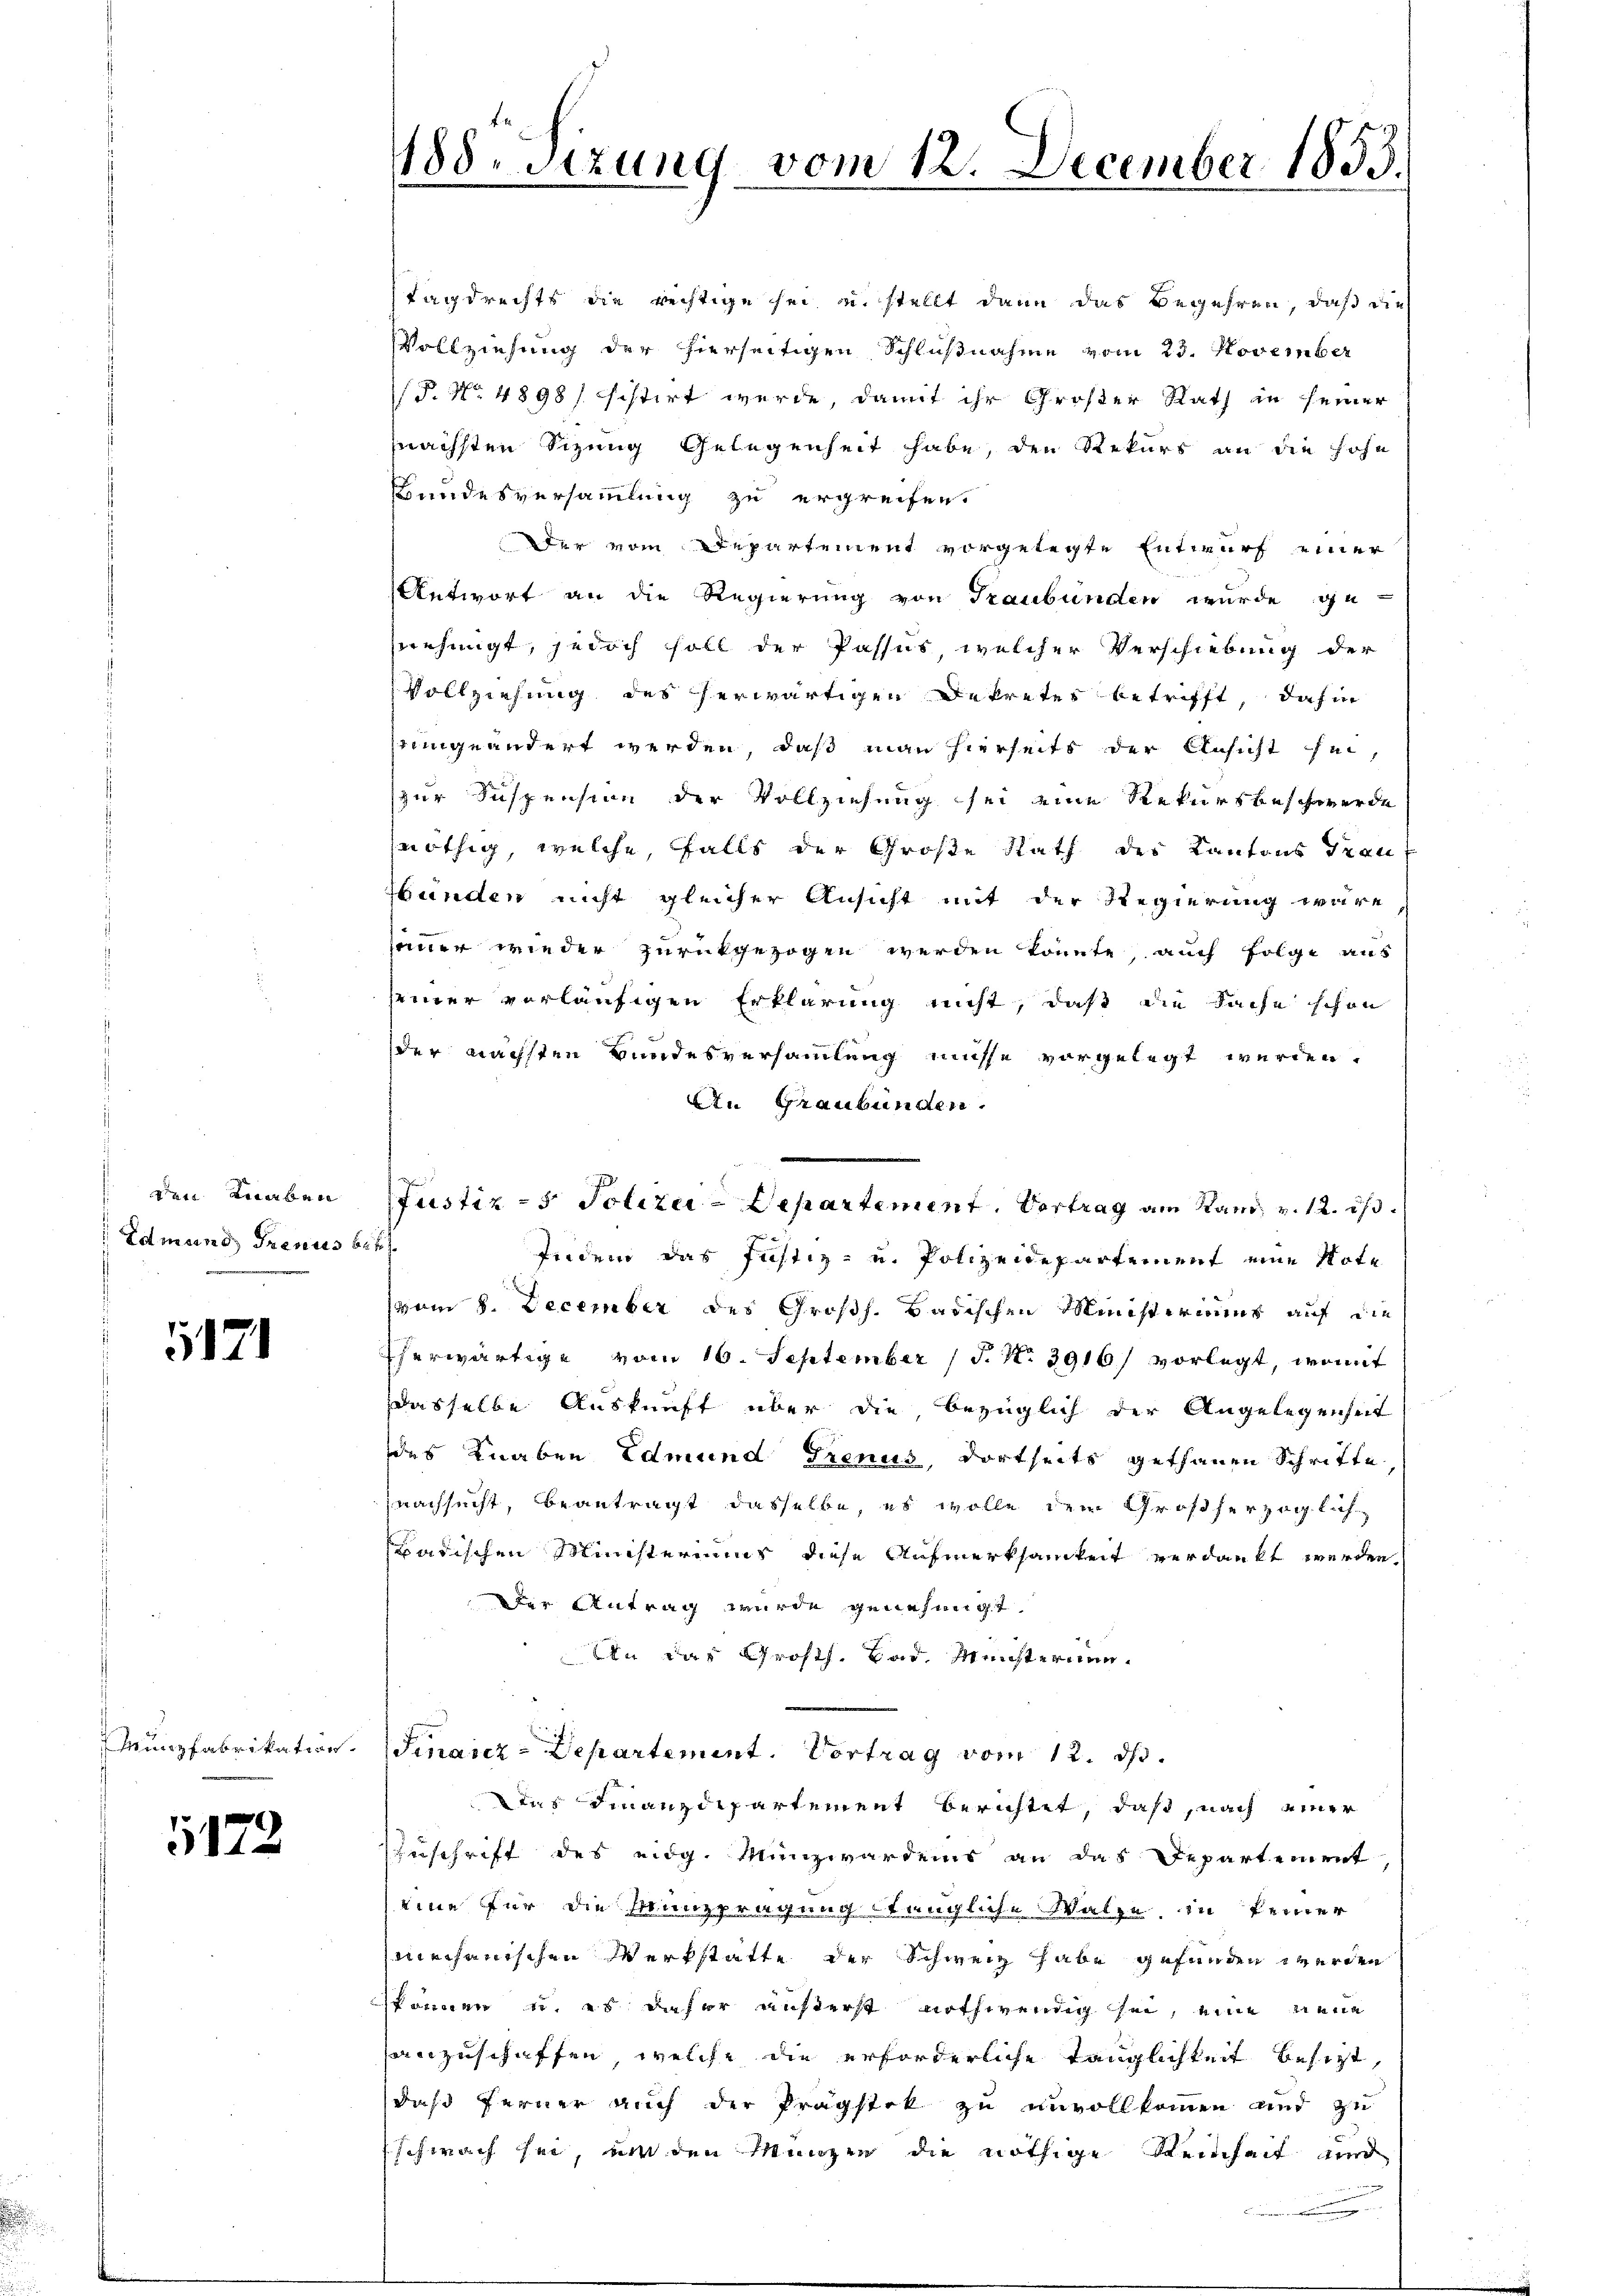
Aabac
Edmund Trenns b

5121

Mungfabrikation.

5172

188. Sizung vom 12. December 1853.
.

Tagdrechts die rechtige sei u. stellt dann das Begehren, daß die
VVollziehung der hierseitigen Schlußnahme vom 25. November
P. No. 4898/ sistirt werde, damit ihr Großer Rath in seiner
nächsten Sizung Gelegenheit habe, den Rekurs an die hohe
Bundesversammlung zu ergreifen.
Der vom Departement vorgelegte Entwurf einer
Antwort an die Regierung von Graubünden wurde ge-
snehmigt, jedoch soll der Passus, welcher Verschiebung der
Vollziehung des herwärtigen Dekretes betrifft, dahin
inngeändert werden, daß man hierseits der Ansicht sei,
zur Suspension der Vollziehung sei eine Rekursbeschwerde
nöthig, welche, falls der Große Rath der Kantons Trau
Hunden nicht gleicher Ansicht mit der Regierung wäre
seiner wieder zurückgezogen werden könnte, auch folge aus
seiner vorläufigen Erklärung nicht, daß die Sache schon
der nächsten Bundesversammlung müsse vorgelegt werden.
An Graubünden.
.
Indem das Justiz- u. Polizeidepartement eine Note
(vom 8. December des Großh. Badischen Ministeriums auf die
Eherwärtige vom 16. September (T. No. 3916/ vorlegt, womit
dasselbe Auskunft über die bezüglich der Angelegenheit
des Knaben Edmund Trenus, dortseits gethanen Schrifte
nachsucht, beantragt dasselbe, es wolle dem Großherzoglich
badischen Ministeriums diese Aufmerksamkeit verdankt werden
Der Antrag wurde genehmigt.
in das Großh. Bad. Meisternen¬
Sinaiez-Departement. Vortrag vom 12. ds.
Das Finanzdepartement berichtet, daß, nach einer
ZZuschrift des eidg. Münzwardens an das Departement,
eine für die Münzprägung stüngliche Walze in keiner
Michanischen Werkstatte der Schweiz habe gefunden werden
können u. es dieser äußerst nothwendig sei, eine neue
anzuschaffen, welche die erforderliche Tänglichkeit besizt,
daß ferner auch der Prägstik zu unvollkommen und zu
Schwachse, um den Manzen die nöthige Steinheit und
.

Justiz - Polizei-Departement. Vertrag am Rand v. 12. is